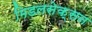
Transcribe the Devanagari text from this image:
मिडलसेक्सन